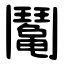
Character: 䰗